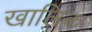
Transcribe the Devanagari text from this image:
खालिक